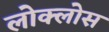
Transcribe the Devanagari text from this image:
लोक्लोस